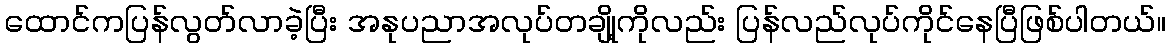
ထောင်ကပြန်လွတ်လာခဲ့ပြီး အနုပညာအလုပ်တချို့ကိုလည်း ပြန်လည်လုပ်ကိုင်နေပြီဖြစ်ပါတယ်။